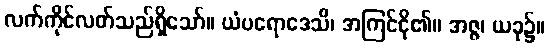
လက်ကိုင်လတ်သည်ရှိသော်။ ယံပရောဒေသိ၊ အကြင်ငို၏။ အဇ္ဇ၊ ယခု၌။